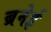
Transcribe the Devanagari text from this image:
ब्रनेई